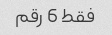
فقط 6 رقم